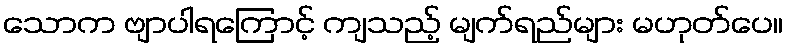
သောက ဗျာပါရကြောင့် ကျသည့် မျက်ရည်များ မဟုတ်ပေ။